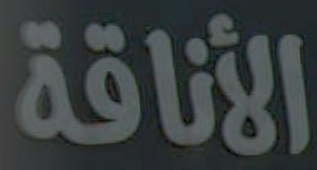
الأناقة